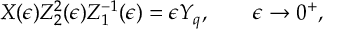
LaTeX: X ( \epsilon ) Z _ { 2 } ^ { 2 } ( \epsilon ) Z _ { 1 } ^ { - 1 } ( \epsilon ) = \epsilon Y _ { q } , \qquad \epsilon \rightarrow 0 ^ { + } ,